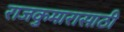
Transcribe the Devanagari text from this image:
राजकुमारासाठी